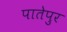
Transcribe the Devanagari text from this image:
पातेपुर